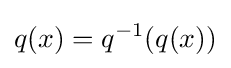
q(x)=q^{-1}(q(x))